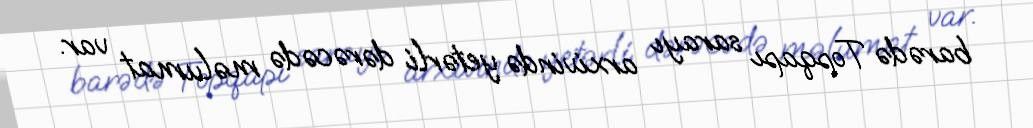
barədə Topqapı sarayı arxivində yetərli dərəcədə məlumat var.